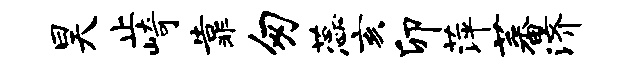
昊止崎靠匆蕊亥卯萍蕃济